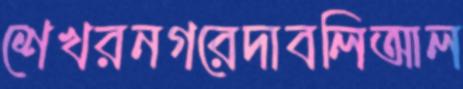
শেখরনগরেদাবলিআল